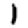
Digit: 1